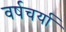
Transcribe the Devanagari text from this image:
वर्षचर्या